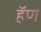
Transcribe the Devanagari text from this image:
हॅण